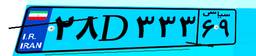
۹۳D۷۲۹۰۹